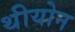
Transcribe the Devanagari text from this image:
थीयोन